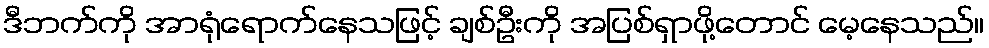
ဒီဘက်ကို အာရုံရောက်နေသဖြင့် ချစ်ဦးကို အပြစ်ရှာဖို့တောင် မေ့နေသည်။